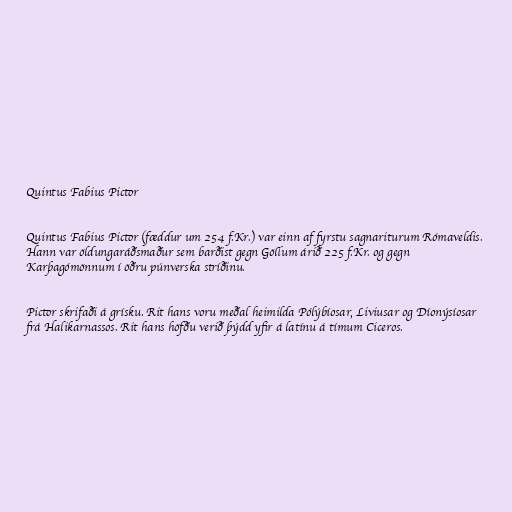
Quintus Fabius Pictor

Quintus Fabius Pictor (fæddur um 254 f.Kr.) var einn af fyrstu sagnariturum Rómaveldis.
Hann var öldungaráðsmaður sem barðist gegn Göllum árið 225 f.Kr. og gegn
Karþagómönnum í öðru púnverska stríðinu.

Pictor skrifaði á grísku. Rit hans voru meðal heimilda Pólýbíosar, Liviusar og Díonýsíosar
frá Halikarnassos. Rit hans höfðu verið þýdd yfir á latínu á tímum Ciceros.